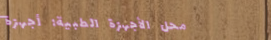
محل الأجهزة الطبية: أجهزة